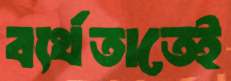
ব্যর্থতাতেই